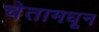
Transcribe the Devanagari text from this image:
चेतामधून